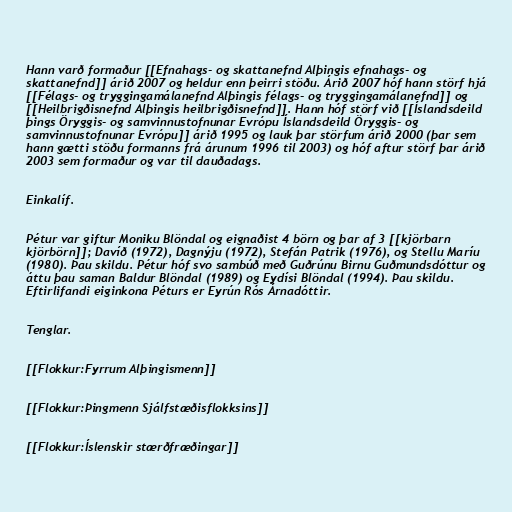
Hann varð formaður [[Efnahags- og skattanefnd Alþingis efnahags- og
skattanefnd]] árið 2007 og heldur enn þeirri stöðu. Árið 2007 hóf hann störf hjá
[[Félags- og tryggingamálanefnd Alþingis félags- og tryggingamálanefnd]] og
[[Heilbrigðisnefnd Alþingis heilbrigðisnefnd]]. Hann hóf störf við [[Íslandsdeild
þings Öryggis- og samvinnustofnunar Evrópu Íslandsdeild Öryggis- og
samvinnustofnunar Evrópu]] árið 1995 og lauk þar störfum árið 2000 (þar sem
hann gætti stöðu formanns frá árunum 1996 til 2003) og hóf aftur störf þar árið
2003 sem formaður og var til dauðadags.

Einkalíf.

Pétur var giftur Moniku Blöndal og eignaðist 4 börn og þar af 3 [[kjörbarn
kjörbörn]]; Davíð (1972), Dagnýju (1972), Stefán Patrik (1976), og Stellu Maríu
(1980). Þau skildu. Pétur hóf svo sambúð með Guðrúnu Birnu Guðmundsdóttur og
áttu þau saman Baldur Blöndal (1989) og Eydísi Blöndal (1994). Þau skildu.
Eftirlifandi eiginkona Péturs er Eyrún Rós Árnadóttir.

Tenglar.

[[Flokkur:Fyrrum Alþingismenn]]

[[Flokkur:Þingmenn Sjálfstæðisflokksins]]

[[Flokkur:Íslenskir stærðfræðingar]]